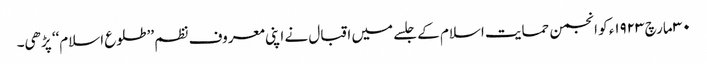
٣٠ مارچ ١٩٢٣ء کو انجمن حمایت اسلام کے جلسے میں اقبال نے اپنی معروف نظم ’’طلوع اسلام‘‘ پڑھی۔